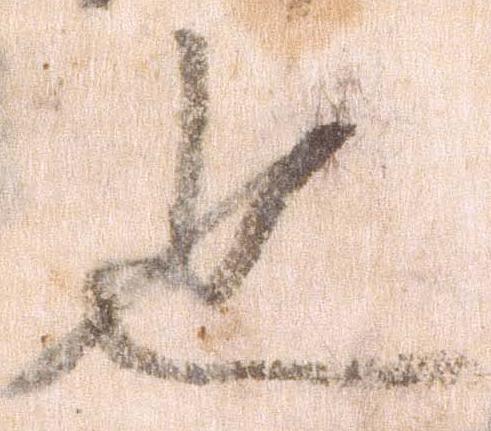
也